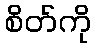
စိတ်ကို